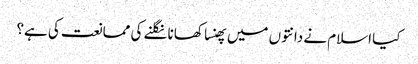
کیا اسلام نے دانتوں میں پھنسا کھانا نگلنے کی ممانعت کی ہے؟